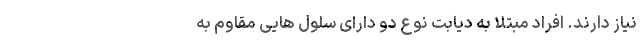
نیاز دارند. افراد مبتلا به دیابت نوع دو دارای سلول هایی مقاوم به